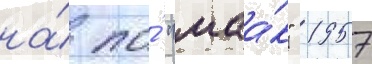
на́ по́ "маа́к" 1957